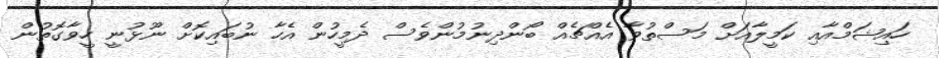
ހައިޝަމްއާއި ކަމީލާއަށް މަސްތުވާ އެއްޗެއް ބޯންދިނުމުންވެސް ދެމީހުން އެހާ ނުބައިކޮށް ނޫޅުނީ ހީވާގޮތުން